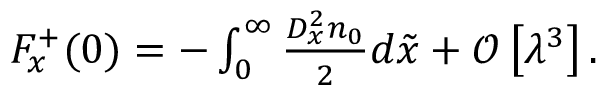
\begin{array} { r } { F _ { x } ^ { + } ( 0 ) = - \int _ { 0 } ^ { \infty } \frac { D _ { x } ^ { 2 } n _ { 0 } } { 2 } d \tilde { x } + \mathcal { O } \left[ \lambda ^ { 3 } \right] . } \end{array}